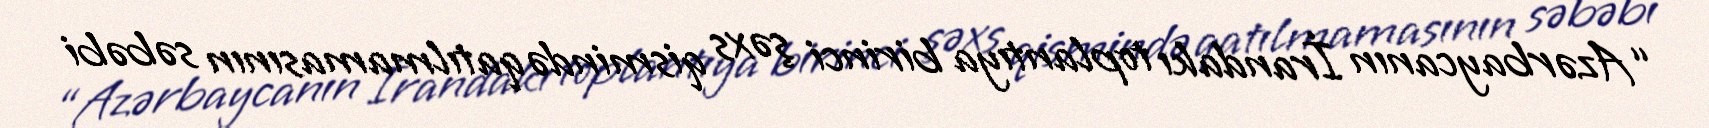
“Azərbaycanın İrandakı toplantıya birinci şəxs qismində qatılmamasının səbəbi